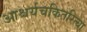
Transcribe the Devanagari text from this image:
आश्चर्यचकितरित्या